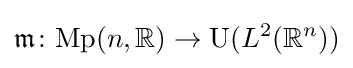
{\mathfrak {m}}\colon {\mathrm {Mp} }(n,{\mathbb {R} })\to {\mathrm {U} }(L^{2}({\mathbb {R} }^{n}))